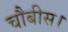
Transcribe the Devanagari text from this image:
चौबीस।